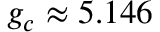
g _ { c } \approx 5 . 1 4 6